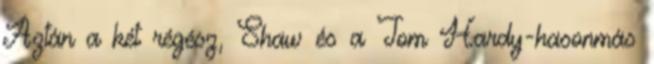
Aztán a két régész, Shaw és a Tom Hardy-hasonmás